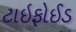
ટાઇફોઈડ